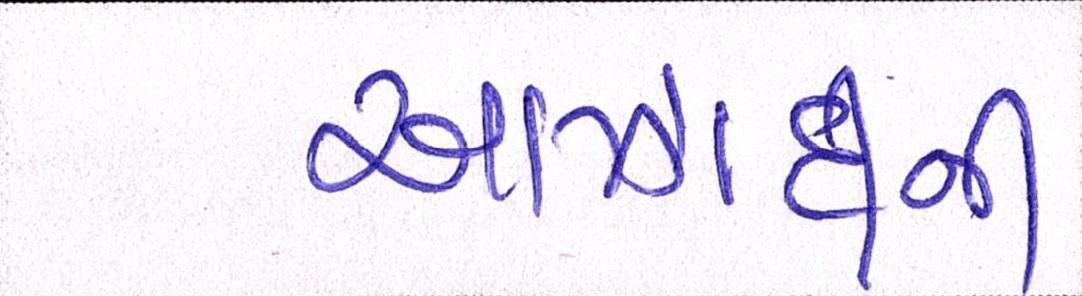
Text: આઝાદીની